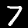
Label: 7